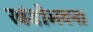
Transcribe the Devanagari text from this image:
खंडीभवन।